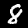
Label: 8